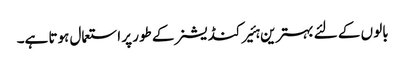
بالو ں کے لئے بہترین ہئیر کنڈیشنر کے طور پر استعمال ہوتا ہے۔